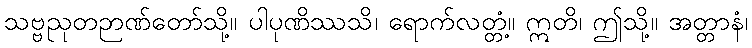
သဗ္ဗညုတဉာဏ်တော်သို့။ ပါပုဏိဿသိ၊ ရောက်လတ္တံ့။ ဣတိ၊ ဤသို့။ အတ္တာနံ၊